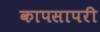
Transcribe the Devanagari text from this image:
कापसापरी